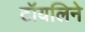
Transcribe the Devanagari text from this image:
टॉयलिने